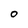
Character: o